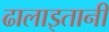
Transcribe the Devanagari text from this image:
ढालाइतानी